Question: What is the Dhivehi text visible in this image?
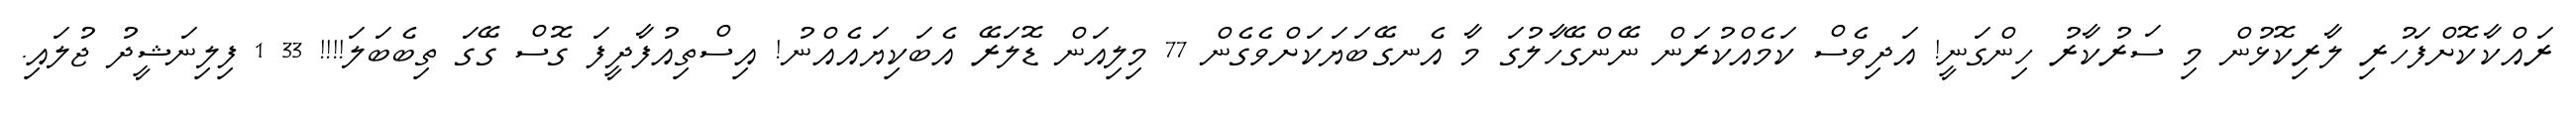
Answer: ރައްކާކޮށްފަހުރި ލާރިކޮޅުން މި ސަރުކާރު ހިންގަނީ! އަދިވެސް ކަމެއްކުރަން ނޭންގޭހާލުގަ މާ އެނގޭބަޔަކަށްވެގެން 77 މިލިއަން ޑޮލަރޭ އެބަކިޔައެއްނު! އިސްތިއުފާދީފަ ގޮސް ގޭގަ ތިބެބަލަ!!!! 33 1 ފިލިނަޝީދު ޖުލައި.